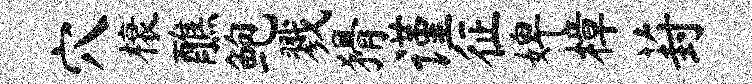
穴榱醮鲍戮猾谨征婢樟葑